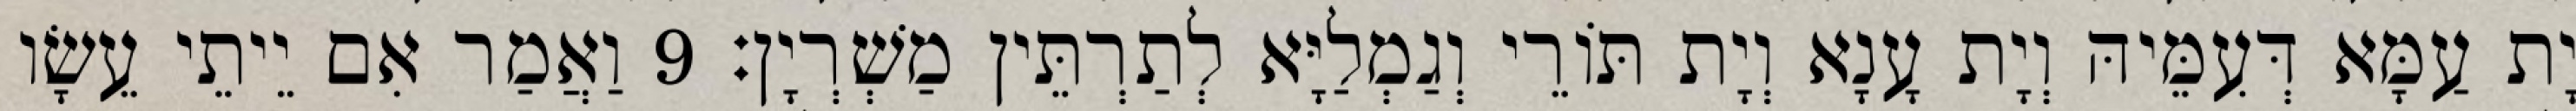
יָת עַמָּא דְּעִמֵּיהּ וְיָת עָנָא וְיָת תּוֹרֵי וְגַמְלַיָּא לְתַרְתֵּין מַשְׁרְיָן׃ 9 וַאֲמַר אִם יֵיתֵי עֵשָׂו